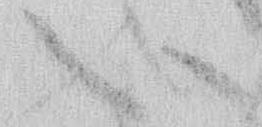
い